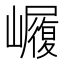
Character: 𭗫